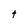
Character: t